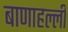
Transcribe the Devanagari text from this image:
बाणाहल्ली